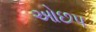
ઓછપ